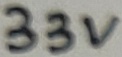
Text: 33V